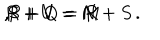
R + U = M \hspace { . 1 i n } , \hspace { . 1 i n } S + V = N \hspace { . 1 i n } , \hspace { . 1 i n } P + Q = R + S \, .